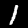
Digit: 1